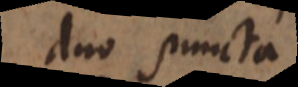
duo puncta